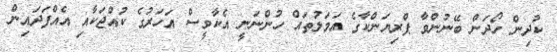
ކުދިން ހޯދަން ބޭނުންވާ ޕްރިޔަންކާގެ އަމަލުތައް ހުންނަނީ އެކާވީސް އަހަރުގެ ކުއްޖަކާއި އެއްފަދައިން